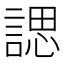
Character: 諰